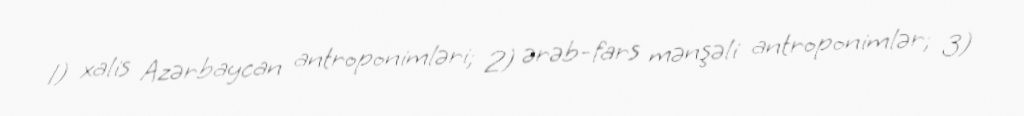
1) xalis Azərbaycan antroponimləri; 2) ərəb-fars mənşəli antroponimlər; 3)